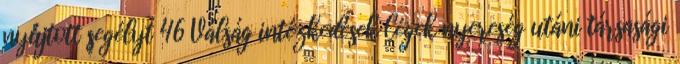
nyújtott segélyt 46 Válság intézkedések Cégek nyereség utáni társasági